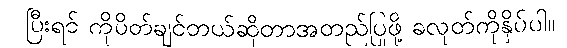
ပြီးရင် ကိုပိတ်ချင်တယ်ဆိုတာအတည်ပြုဖို့ ခလုတ်ကိုနှိပ်ပါ။